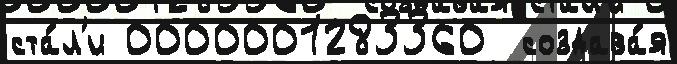
ста́л'и 0000001283360  создава́я